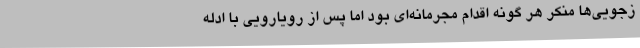
زجویی‌ها منکر هر گونه اقدام مجرمانه‌ای بود اما پس از رویارویی با ادله